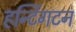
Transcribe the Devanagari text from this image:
हन्टिंगटन